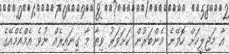
އާ މަޖިލީހަށް ހޮވޭނެ މެންބަރުން ކަށަވަރު ވިތާ މާ ގިނައިރެއް ނުވެ އެމްއެމްއޭގެ